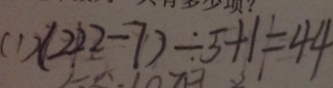
( 1 ) ( 2 2 2 - 7 ) \div 5 + 1 = 4 4